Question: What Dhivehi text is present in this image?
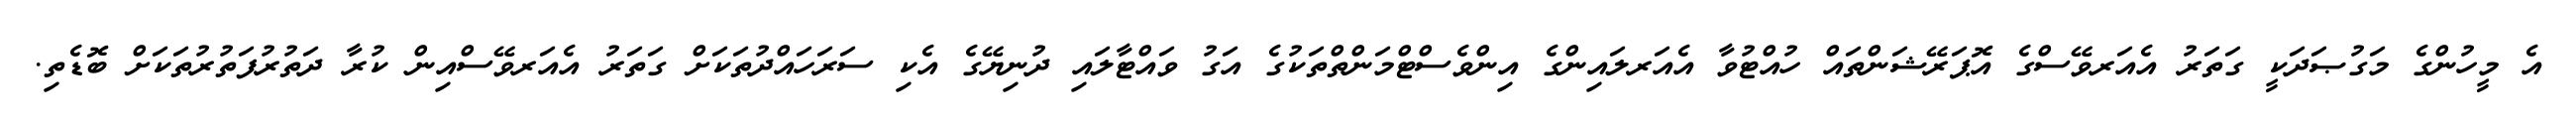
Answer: އެ މީހުންގެ މަގުޞަދަކީ ގަތަރު އެއަރވޭސްގެ އޮޕަރޭޝަންތައް ހުއްޓުވާ އެއަރލައިންގެ އިންވެސްޓްމަންތްތަކުގެ އަގު ވައްޓާލައި ދުނިޔޭގެ އެކި ސަރަހައްދުތަކަށް ގަތަރު އެއަރވޭސްއިން ކުރާ ދަތުރުފަތުރުތަކަށް ބޮޑެތި.